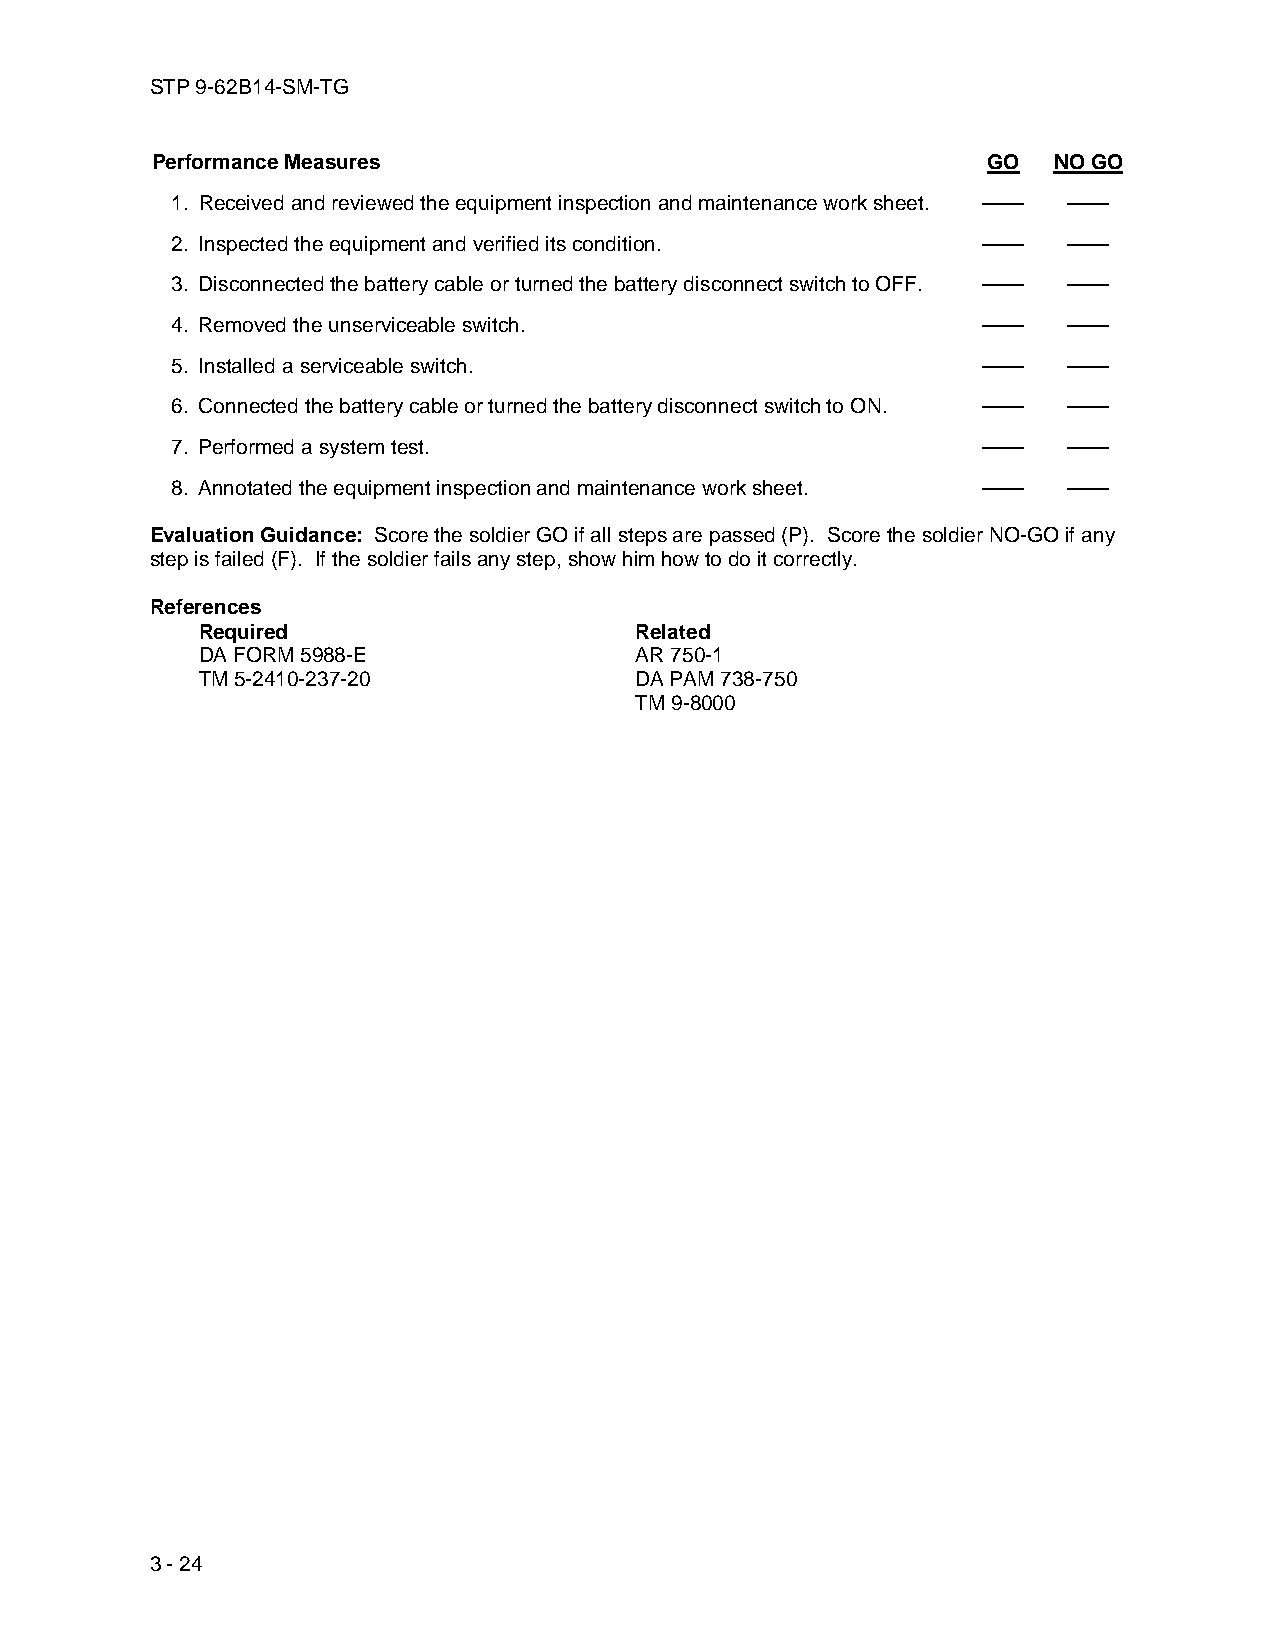
STP 9-62B14-SM-TG
 Performance Measures                                   GO   NO GO
 1. Received and reviewed the equipment inspection and maintenance work sheet. —— ——
 2. Inspected the equipment and verified its condition. ——   ——
 3. Disconnected the battery cable or turned the battery disconnect switch to OFF. —— ——
 4. Removed the unserviceable switch.                  ——    ——
 5. Installed a serviceable switch.                    ——    ——
 6. Connected the battery cable or turned the battery disconnect switch to ON. —— ——
 7. Performed a system test.                           ——    ——
 8. Annotated the equipment inspection and maintenance work sheet. —— ——
 Evaluation Guidance: Score the soldier GO if all steps are passed (P). Score the soldier NO-GO if any
 step is failed (F). If the soldier fails any step, show him how to do it correctly.
 References
 Required                     Related
 DA FORM 5988-E               AR 750-1
 TM 5-2410-237-20             DA PAM 738-750
 TM 9-8000
 3 - 24